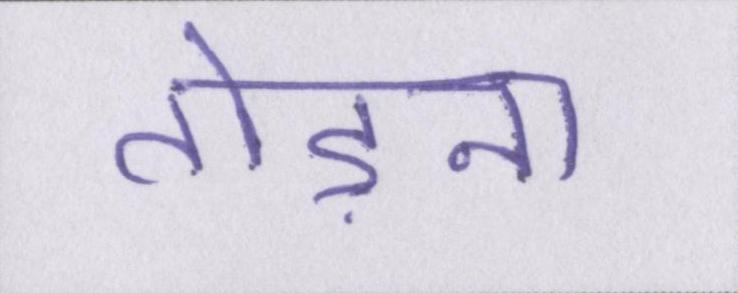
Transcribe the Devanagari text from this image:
तोड़ना